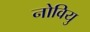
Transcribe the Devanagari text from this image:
नोवियु